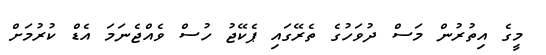
މީގެ އިތުރުން މަސް ދުވަހުގެ ތެރޭގައި ޕެކޭޖު ހުސް ވެއްޖެނަމަ އެޑް ކުރުމަށް